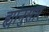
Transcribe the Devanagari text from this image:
ह्यांनुसार